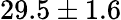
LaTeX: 29.5\pm 1.6